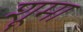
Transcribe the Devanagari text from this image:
शूमा